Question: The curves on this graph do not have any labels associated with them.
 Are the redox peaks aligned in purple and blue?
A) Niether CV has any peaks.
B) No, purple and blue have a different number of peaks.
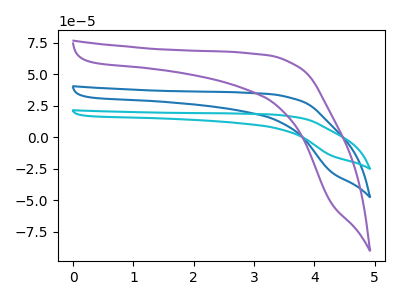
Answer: <think>The blue curve "blue" has no peaks. The cyan curve "cyan" has no peaks. The purple curve "purple" has no peaks.</think>
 <answer>A) Niether CV has any peaks.</answer>
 <eval>A</eval>